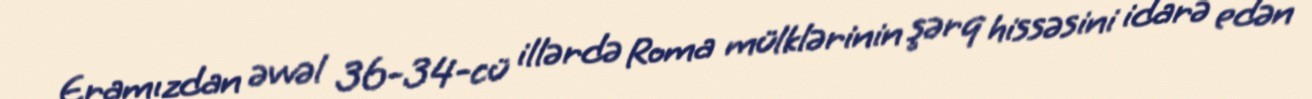
Eramızdan əvvəl 36-34-cü illərdə Roma mülklərinin şərq hissəsini idarə edən